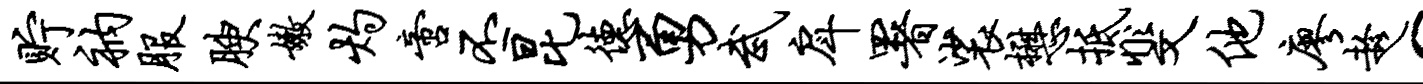
贮衲服腴嫩灼啻丕昆德勇武戽署裟懋抵斐他廖趁c